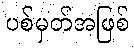
ပစ်မှတ်အဖြစ်